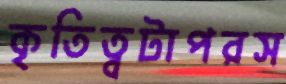
কৃতিত্বটাপরস